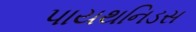
પાયથનિડસ